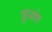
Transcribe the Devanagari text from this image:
शुआंग